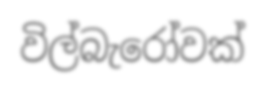
විල්බැරෝවක්